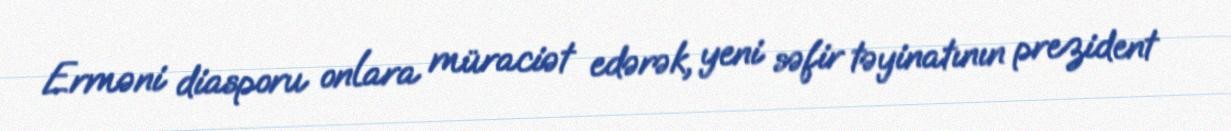
Erməni diasporu onlara müraciət edərək, yeni səfir təyinatının prezident